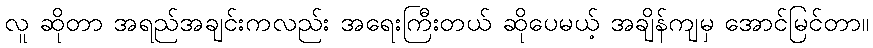
လူ ဆိုတာ အရည်အချင်းကလည်း အရေးကြီးတယ် ဆိုပေမယ့် အချိန်ကျမှ အောင်မြင်တာ။